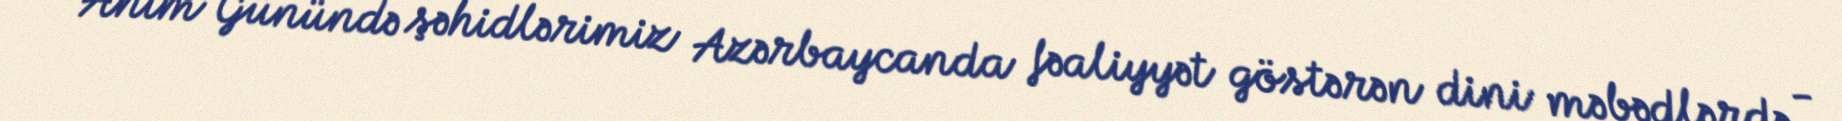
Anım Günündə şəhidlərimiz Azərbaycanda fəaliyyət göstərən dini məbədlərdə -